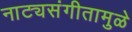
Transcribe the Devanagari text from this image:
नाट्यसंगीतामुळे